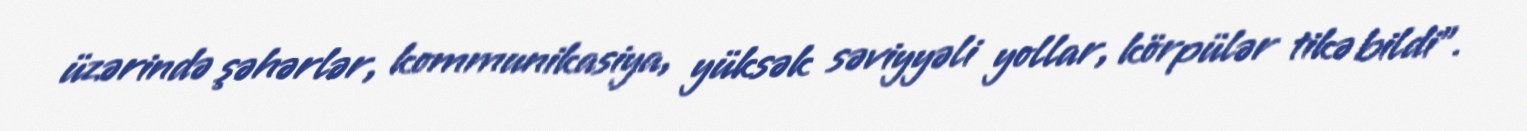
üzərində şəhərlər, kommunikasiya, yüksək səviyyəli yollar, körpülər tikə bildi”.